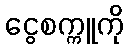
ငွေစက္ကူကို